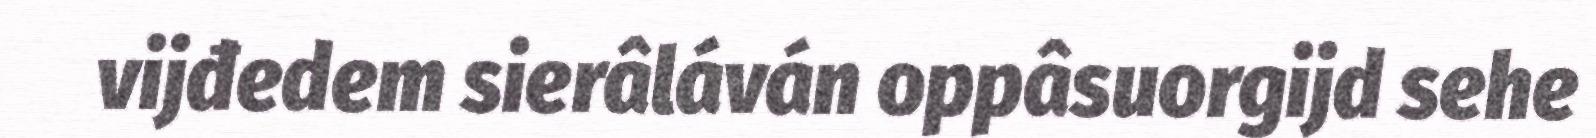
vijđedem sierâláván oppâsuorgijd sehe